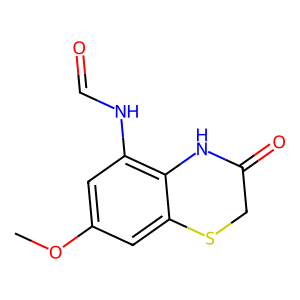
SMILES: COc1cc(NC=O)c2c(c1)SCC(=O)N2
Inhibits HIV replication: No